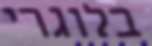
בלוגרי